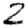
Digit: 2